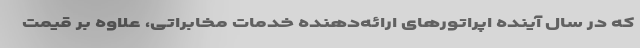
که در سال آینده اپراتورهای ارائه‌دهنده خدمات مخابراتی، علاوه بر قیمت